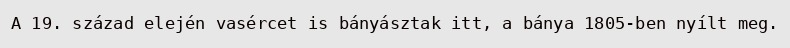
A 19. század elején vasércet is bányásztak itt, a bánya 1805-ben nyílt meg.